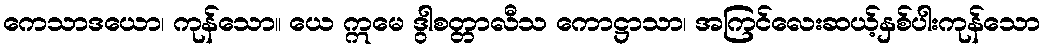
ကေသာဒယော၊ ကုန်သော။ ယေ ဣမေ ဒွါစတ္တာလီသ ကောဋ္ဌာသာ၊ အကြင်လေးဆယ့်နှစ်ပါးကုန်သော